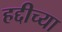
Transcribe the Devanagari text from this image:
हद्दीच्या